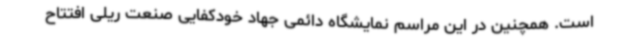
است. همچنین در این مراسم نمایشگاه دائمی جهاد خودکفایی صنعت ریلی افتتاح